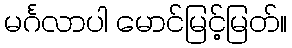
မင်္ဂလာပါ မောင်မြင့်မြတ်။